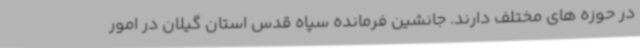
در حوزه های مختلف دارند. جانشین فرمانده سپاه قدس استان گیلان در امور